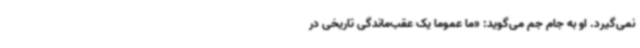
نمی‌گیرد. او به جام جم می‌گوید: «ما عموما یک عقب‌ماندگی تاریخی در